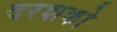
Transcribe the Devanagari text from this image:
दरशको